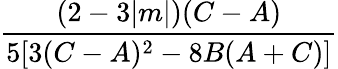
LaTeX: \frac{(2-3|m|)(C-A)}{5[3(C-A)^{2}-8B(A+C)]}